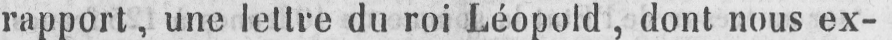
rapport, une lettre du roi Léopold, dont nous ex-